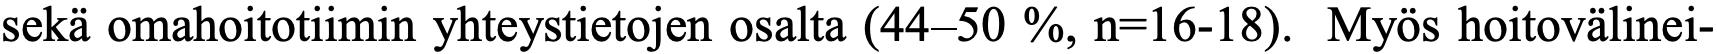
sekä omahoitotiimin yhteystietojen osalta (44–50 %, n=16-18). Myös hoitovälinei-